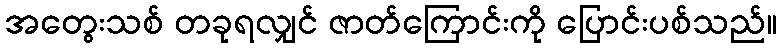
အတွေးသစ် တခုရလျှင် ဇာတ်ကြောင်းကို ပြောင်းပစ်သည်။